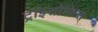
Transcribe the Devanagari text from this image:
ट्राइसोफ़िस